Bréfritari: Sigríður Pálsdóttir
Viðtakandi: Páll Pálsson
Dagsetning: A-1861-09-27
Skrifað á: Breiðabólsstað  Rang.
Páll var bróðir Sigríðar

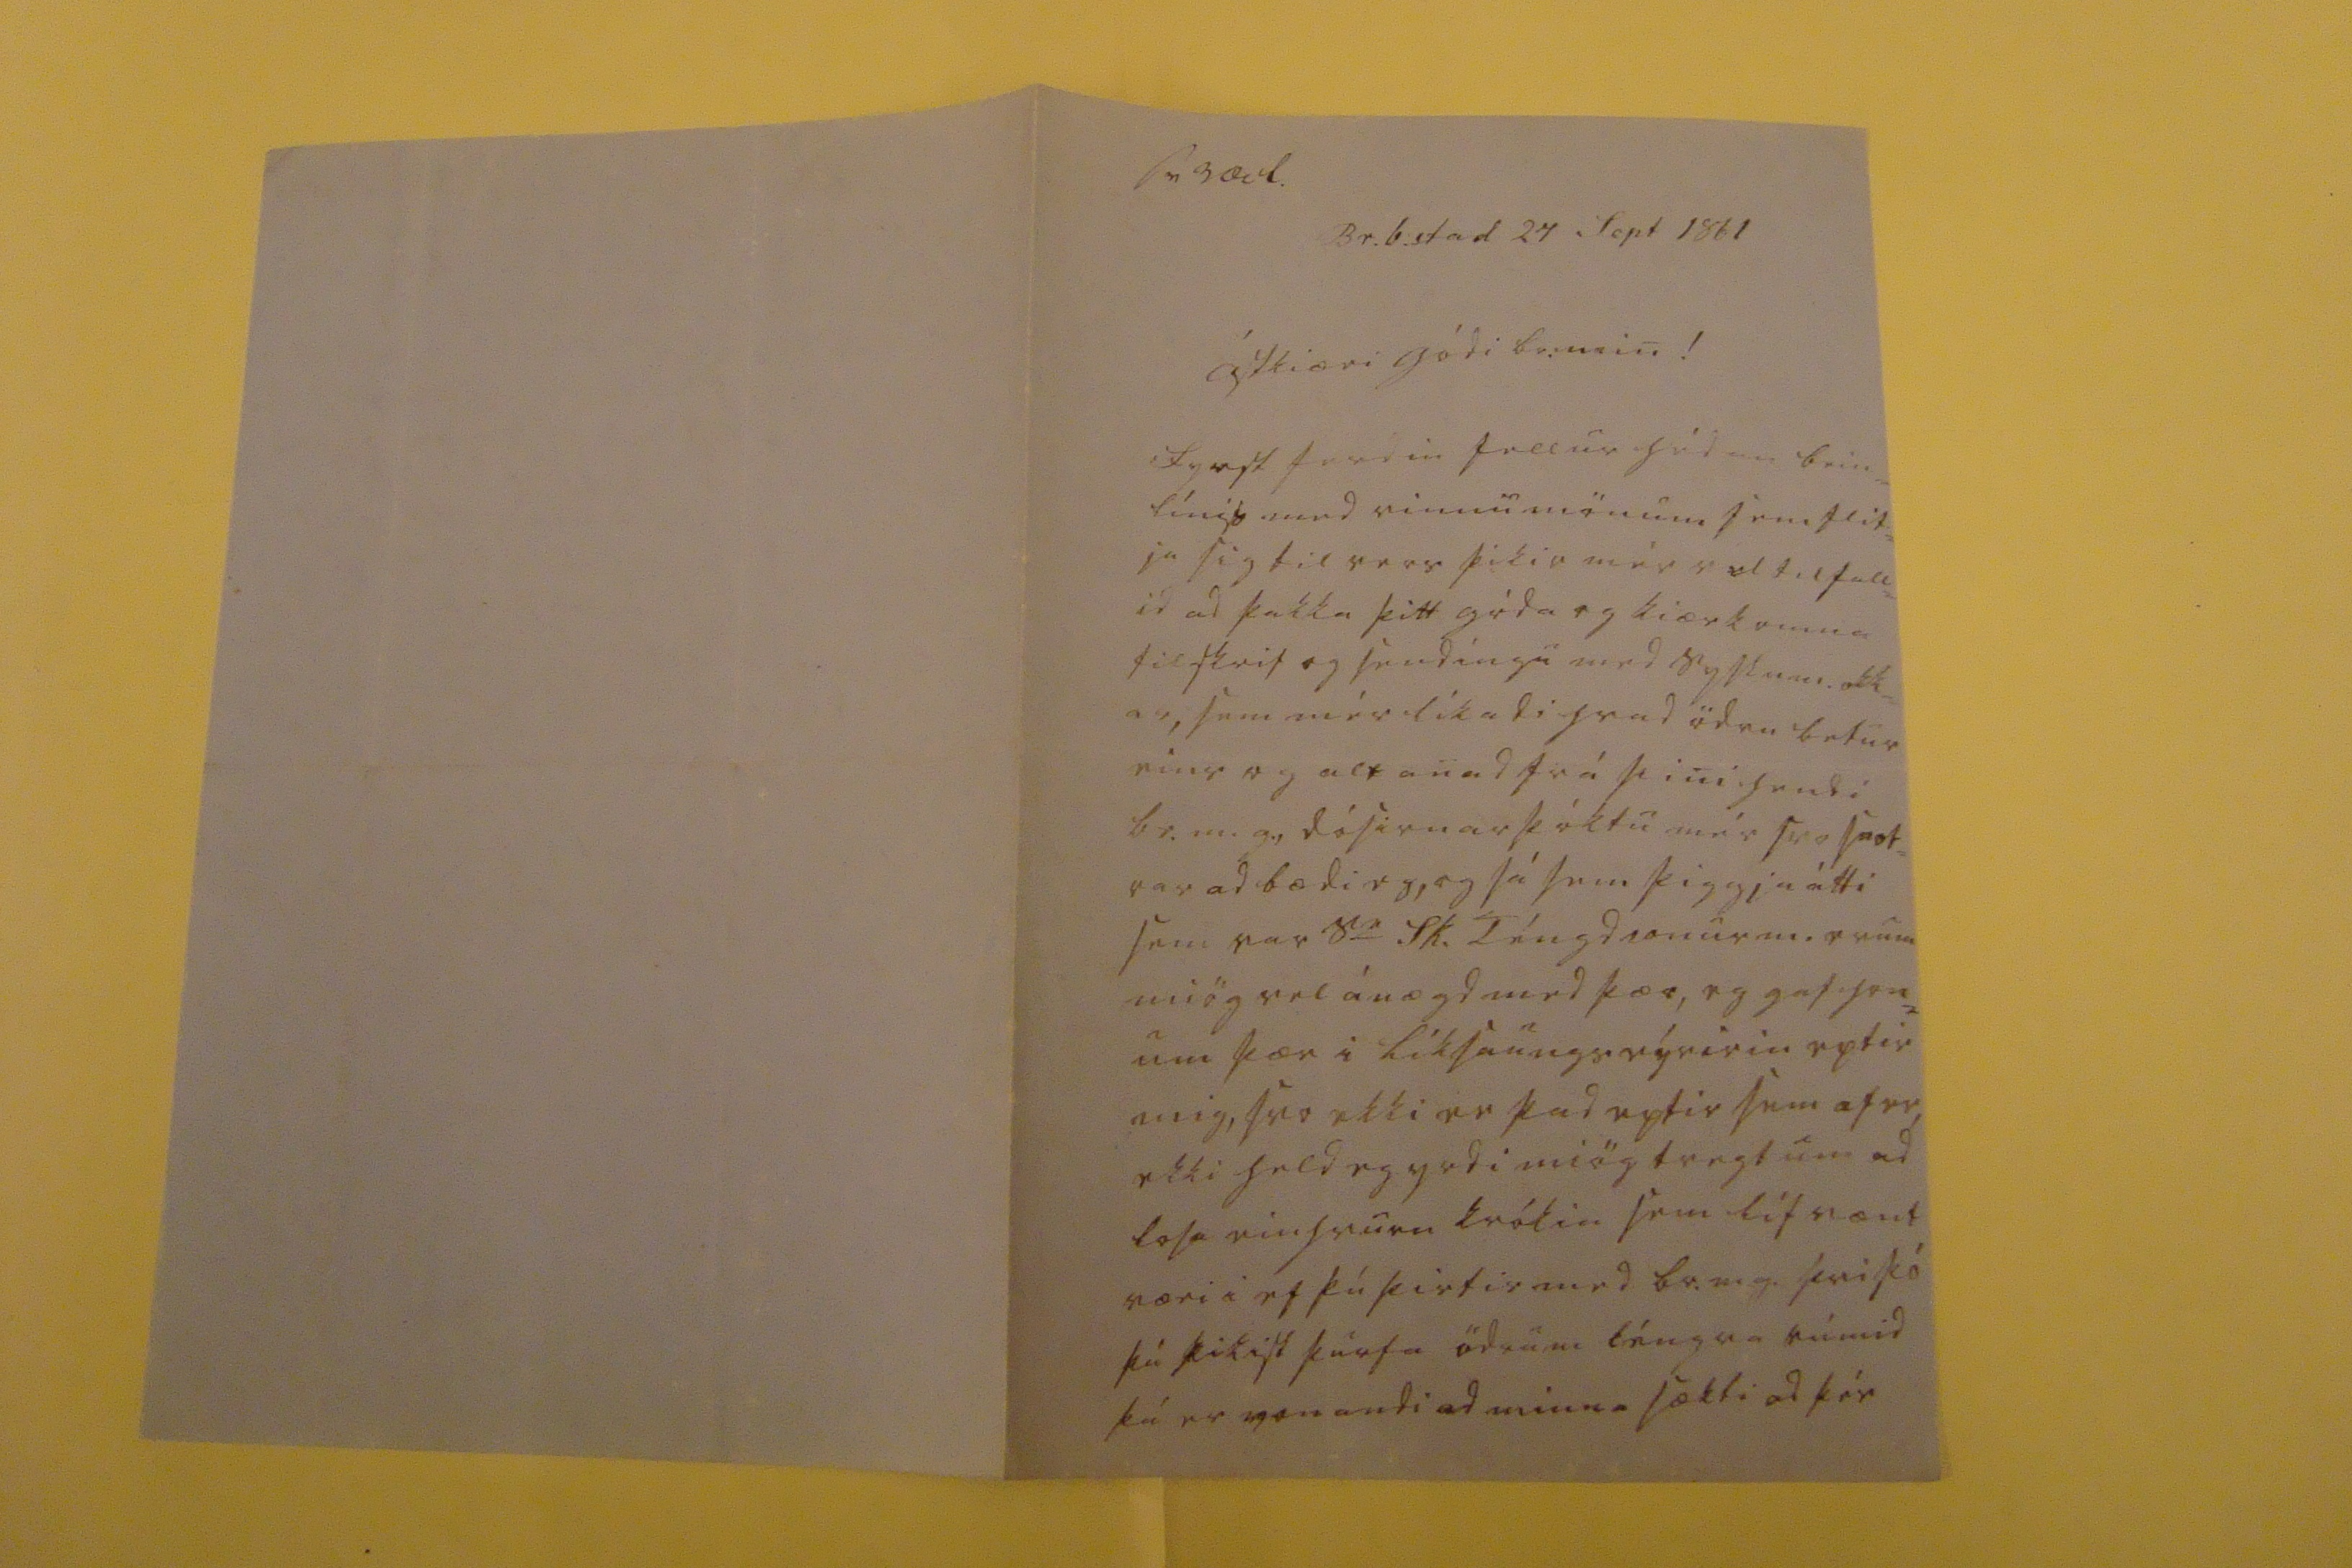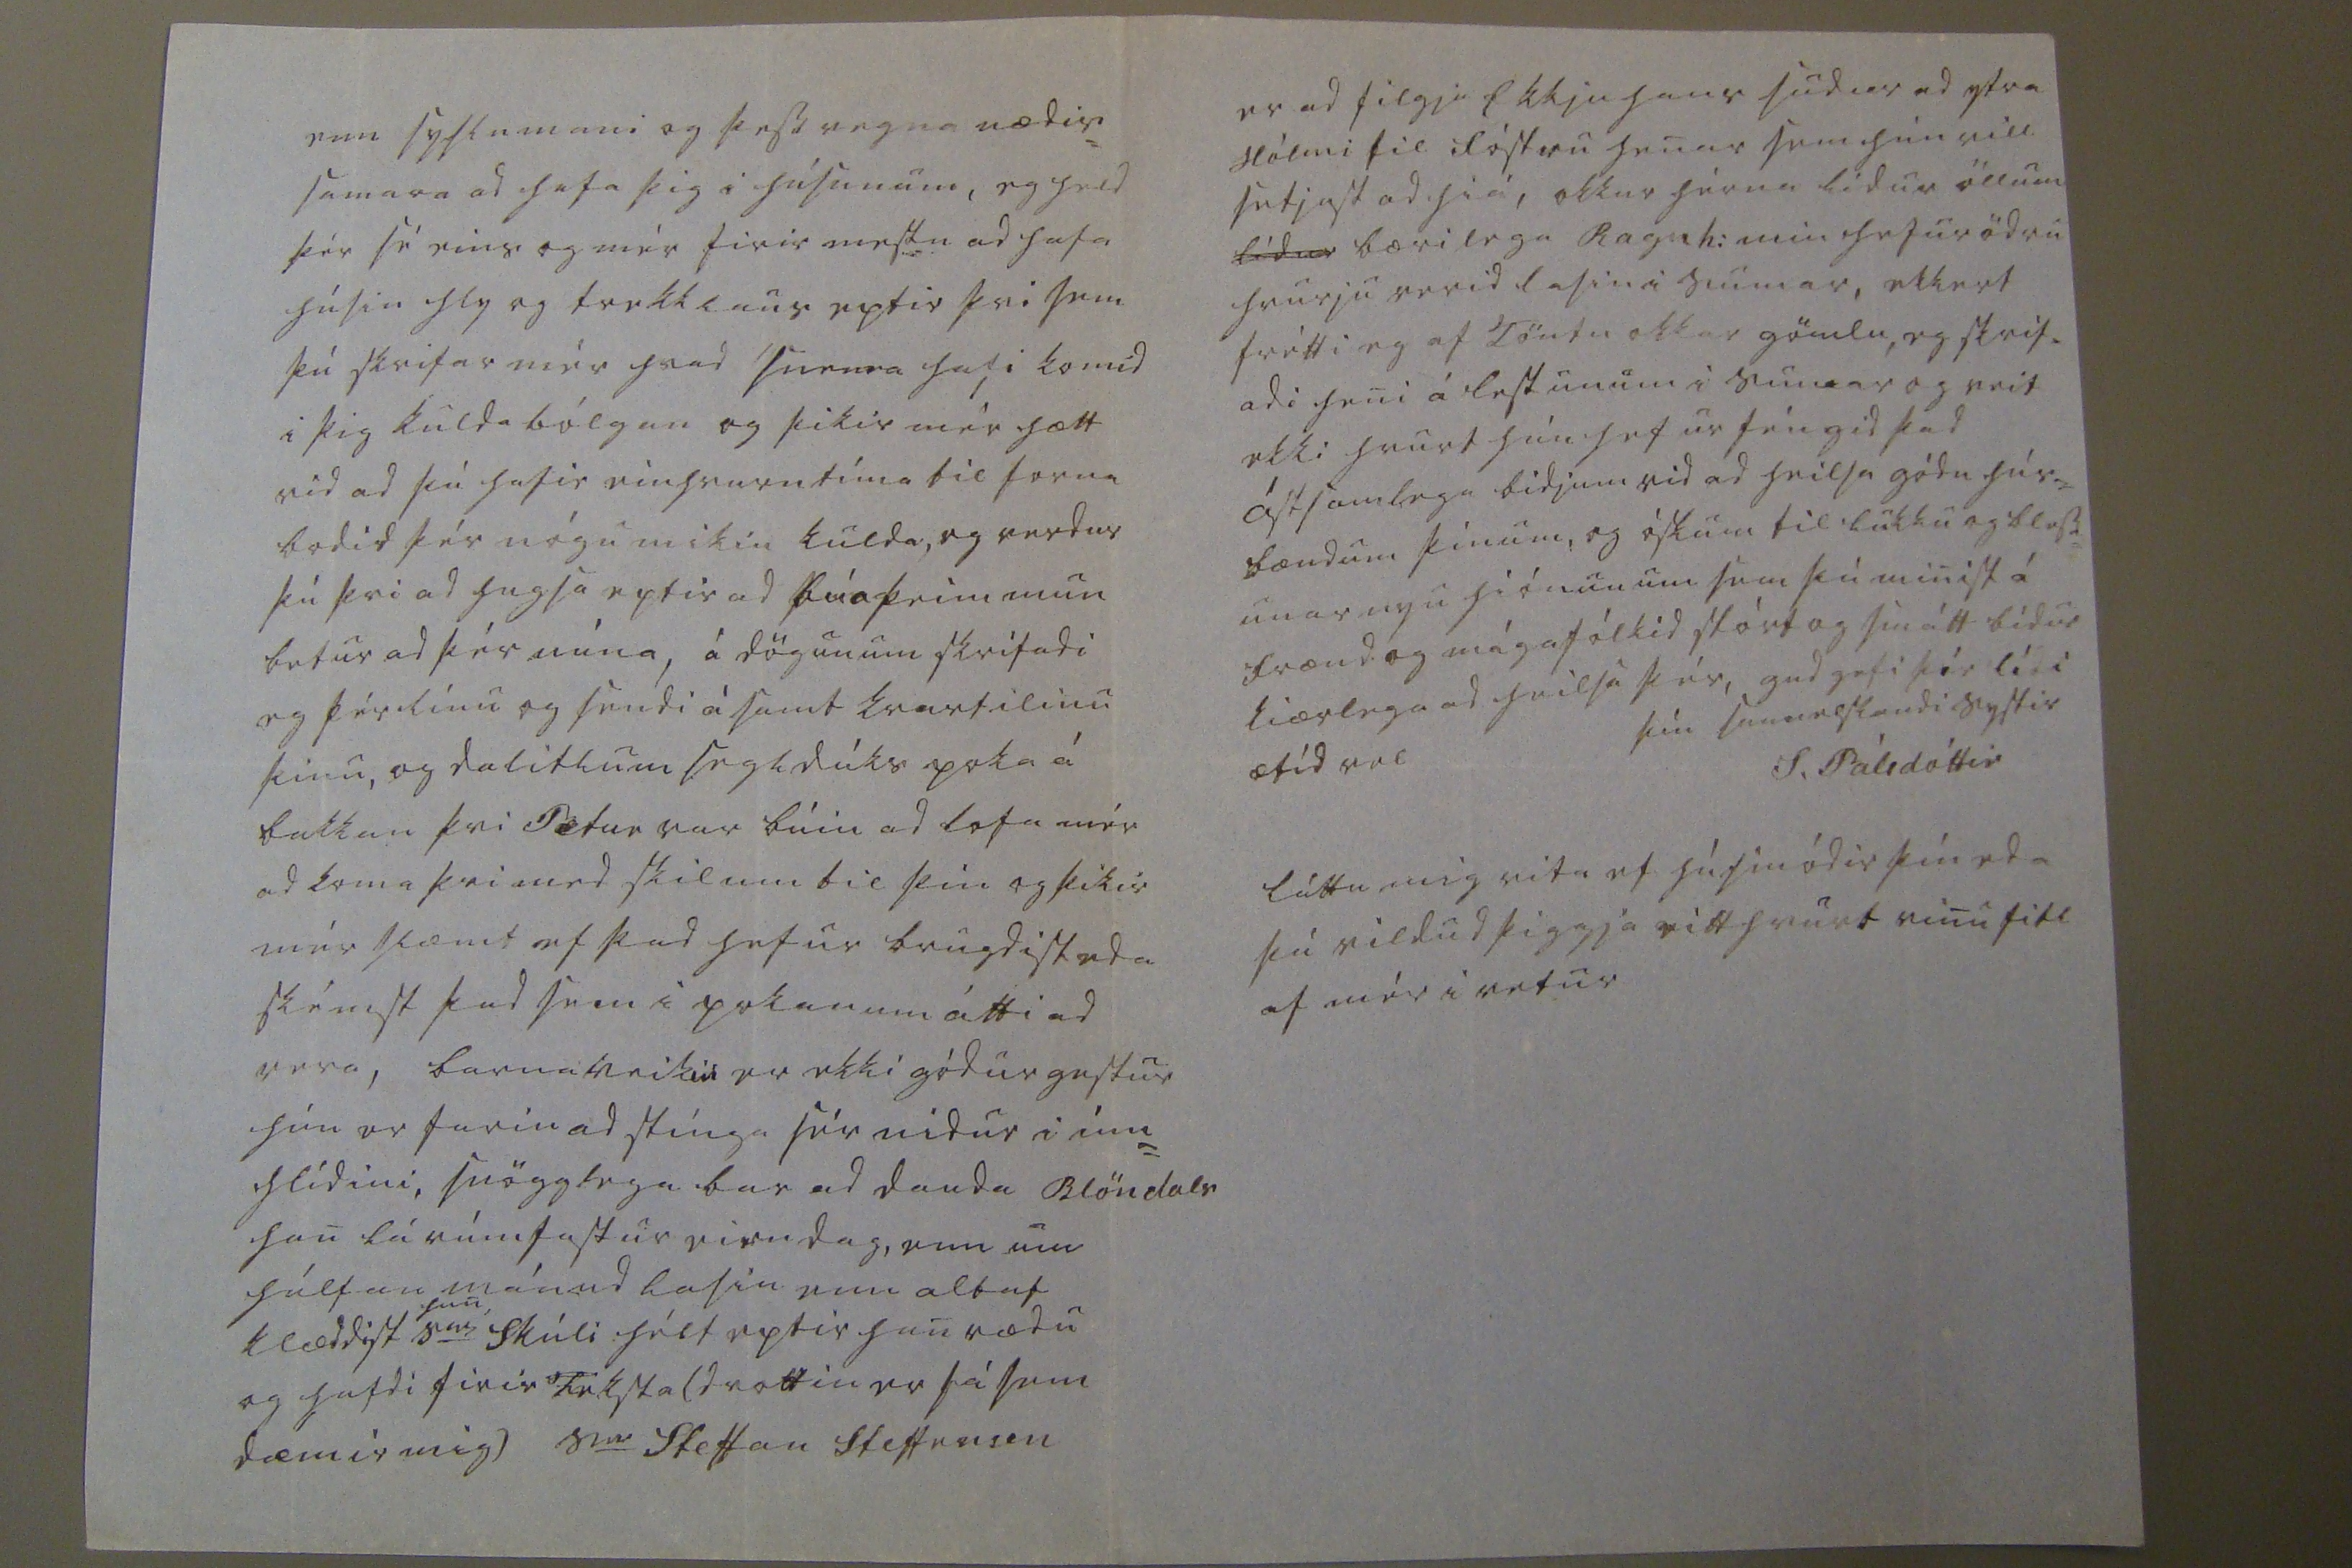

sv 3 Oct.
Br.b.stad 24 Sept 1861
Ástkiæri gódi br. min!
Fyrst ferdin fellu hédan bein= líniss med vinnumönum sem flit= ja sig til vers þikir mér vel til fall= id ad þakka þitt góda og kiærkomna tilskrif og sendíngu med syslum. okk= ar, sem mér líkadi hvad ödru betur eins og alt anad frá þini hendi br.m.g., dósirnar þóktu mér svo snot= rar ad bædi eg, og sá sem þiggja átti sem var s
er
Sk. Téngdasonur m. erum miög vel ánægd med þær, eg gef hon= um þær i líksaungs eýririn eptir mig, svo ekki er þad eptir sem
af er,
ekki held eg yrdi miög tregt um ad losa einhvurn krókin sem lífvænt væri i ef þú þirtir med br.m.g. þvi þó þú þikist þurfa ödrum léngra rúmid þá er vonandi ad minna sækti ad þér
enn syslumani og þess vegna nædis= samara ad hafa þig i húsunum, eg held þér sé eins og mér firir mestu ad hafa húsin hly og frekklaus eptir þvi sem þú skrifar mér hvad snema hafi komid i þig kuldabólgan og þikir mér hætt vid ad þú hafir einhvurntíma til forna bodid þér nógu mikin kulda, og verdur þú þvi ad hugsa eptir ad búa þeim mun betur ad þér núna, á dögunum skrifadi eg þér línu og sendi ásamt kvartilinu þinu, og dalitlum segldúks poka á bakkan þvi Petur var búin ad lofa mér ad koma þvi med skilum til þín og þikir mér slæmt ef þad hefur brugdist eda skémst þad sem i pokanum átti ad vera, barnaveikin er ekki gódur gestur hún er farin ad stínga sér nidur i inn= hlídini, snögglega bar ad dauda Blöndals han lá rúmfastur eirn dag, enn um hálfan mánud lasin enn altaf klæddist
han
s
er
Skúli hélt eptir han rædu og hafdi firir
teksta
(drottin er sá sem dæmir mig) s
er
Steffan Steffensen
er ad filgja Ekkju hans sudur ad ytra Hólmi til fóstru henar sem hún vill setjast ad hiá, okkur hérna lídur öllum
lídur
bærilega Ragnh: min hefur ödru hvurju verid lasin i sumar, ekkert frétti eg af Töntu okkar gömlu, eg skrif= adi heni á lestunum i sumar og veit ekki hvurt hún hefur féngid þad ástsamlega bidjum vid ad heilsa gódu hús= bændum þínum, og óskum til lukku og bless= unar nyu hiónunum sem þú minist á frænd og mágafólkid stórt og smátt bidur kiærlega ad heilsa þér, gud gefi þér lídi ætíd vel
þín sannelskandi systir
S. Pálsdóttir
láttu mig vita ef húsmódir þín eda þú vildud þiggja eitthvurt vinu
fólk
af mér i vetur